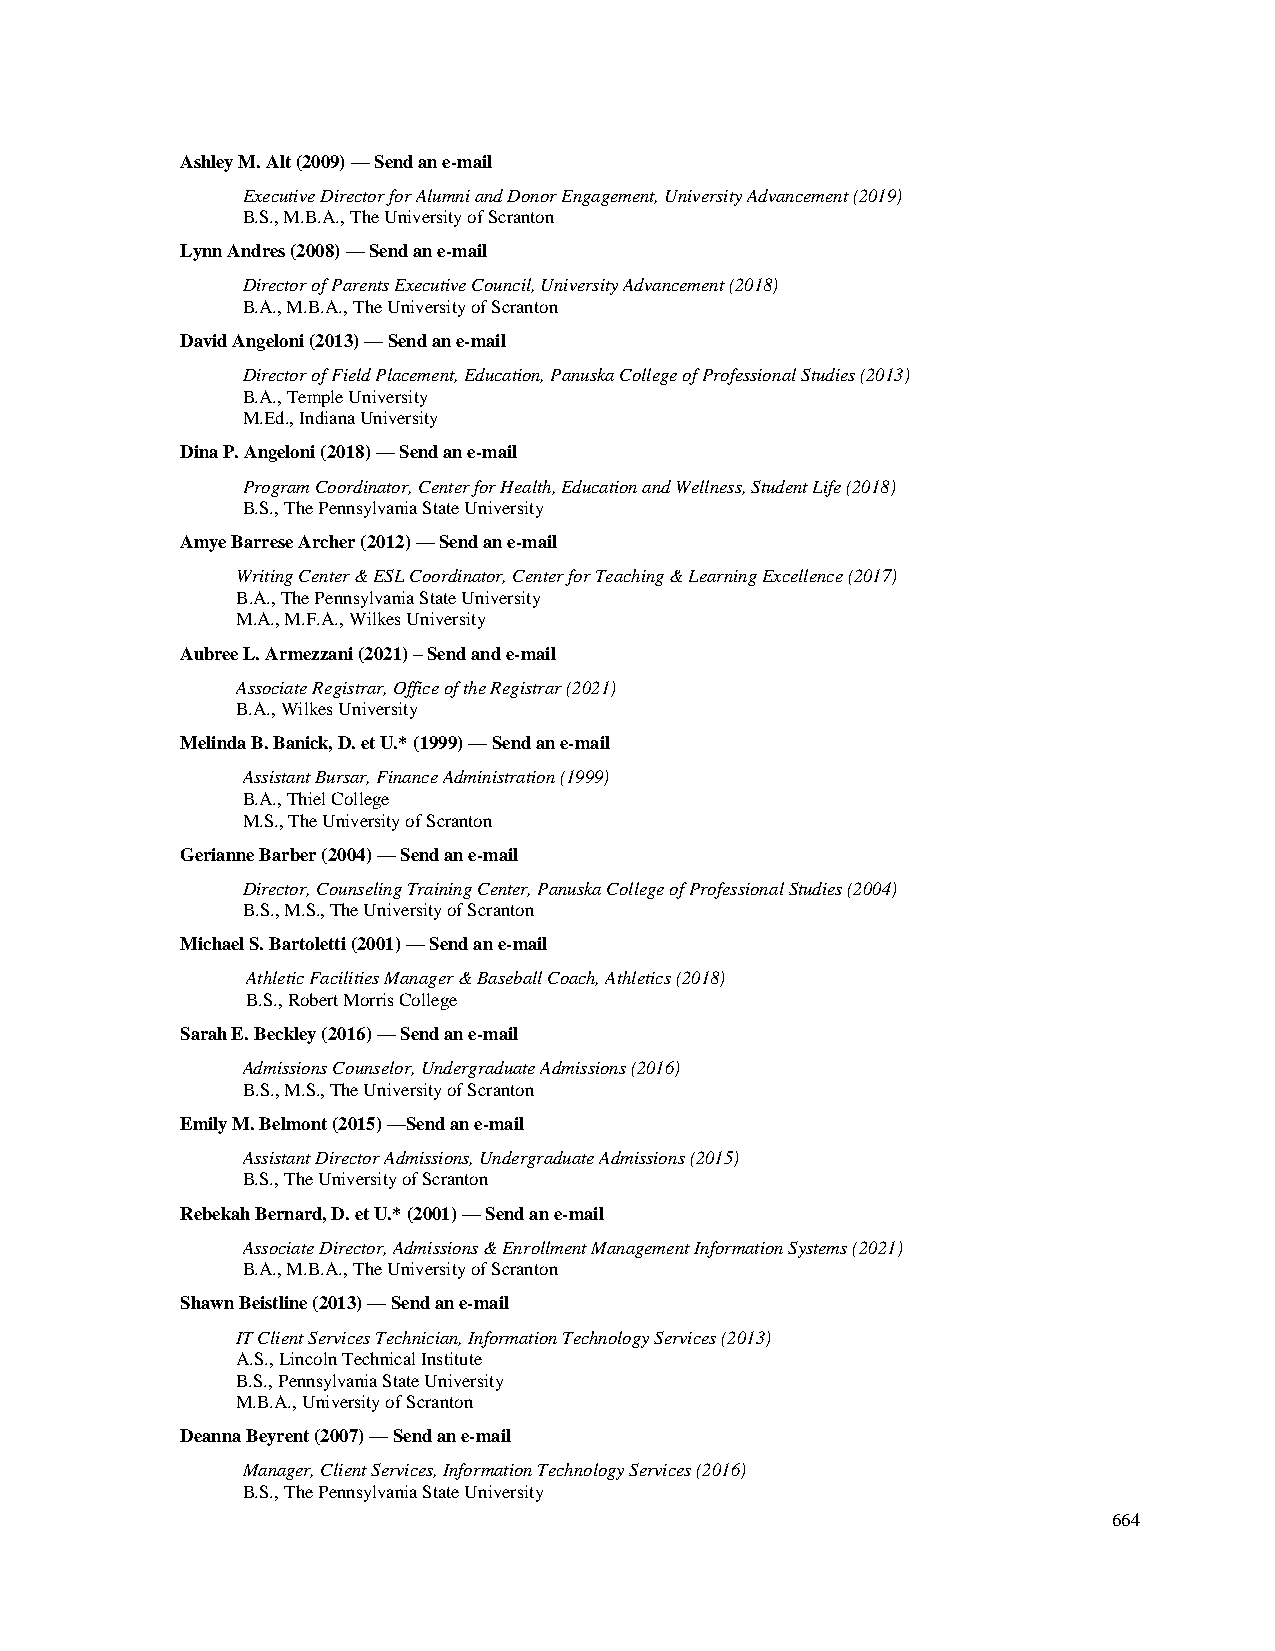
Ashley M. Alt (2009) — Send an e-mail
 Executive Director for Alumni and Donor Engagement, University Advancement (2019)
 B.S., M.B.A., The University of Scranton
 Lynn Andres (2008) — Send an e-mail
 Director of Parents Executive Council, University Advancement (2018)
 B.A., M.B.A., The University of Scranton
 David Angeloni (2013) — Send an e-mail
 Director of Field Placement, Education, Panuska College of Professional Studies (2013)
 B.A., Temple University
 M.Ed., Indiana University
 Dina P. Angeloni (2018) — Send an e-mail
 Program Coordinator, Center for Health, Education and Wellness, Student Life (2018)
 B.S., The Pennsylvania State University
 Amye Barrese Archer (2012) — Send an e-mail
 Writing Center & ESL Coordinator, Center for Teaching & Learning Excellence (2017)
 B.A., The Pennsylvania State University
 M.A., M.F.A., Wilkes University
 Aubree L. Armezzani (2021) – Send and e-mail
 Associate Registrar, Office of the Registrar (2021)
 B.A., Wilkes University
 Melinda B. Banick, D. et U.* (1999) — Send an e-mail
 Assistant Bursar, Finance Administration (1999)
 B.A., Thiel College
 M.S., The University of Scranton
 Gerianne Barber (2004) — Send an e-mail
 Director, Counseling Training Center, Panuska College of Professional Studies (2004)
 B.S., M.S., The University of Scranton
 Michael S. Bartoletti (2001) — Send an e-mail
 Athletic Facilities Manager & Baseball Coach, Athletics (2018)
 B.S., Robert Morris College
 Sarah E. Beckley (2016) — Send an e-mail
 Admissions Counselor, Undergraduate Admissions (2016)
 B.S., M.S., The University of Scranton
 Emily M. Belmont (2015) —Send an e-mail
 Assistant Director Admissions, Undergraduate Admissions (2015)
 B.S., The University of Scranton
 Rebekah Bernard, D. et U.* (2001) — Send an e-mail
 Associate Director, Admissions & Enrollment Management Information Systems (2021)
 B.A., M.B.A., The University of Scranton
 Shawn Beistline (2013) — Send an e-mail
 IT Client Services Technician, Information Technology Services (2013)
 A.S., Lincoln Technical Institute
 B.S., Pennsylvania State University
 M.B.A., University of Scranton
 Deanna Beyrent (2007) — Send an e-mail
 Manager, Client Services, Information Technology Services (2016)
 B.S., The Pennsylvania State University
 664